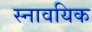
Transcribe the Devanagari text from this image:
स्नावयिक